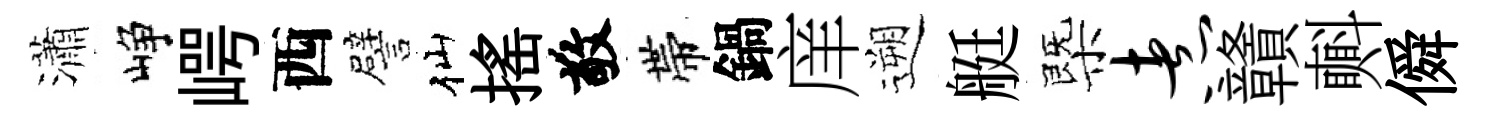
瀟峥崿西譬仙揺敬帶鍋庠遡艇㮣煮贛㪺僢